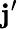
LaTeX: \mathbf{j}^{\prime}